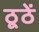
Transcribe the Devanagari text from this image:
ठूठें